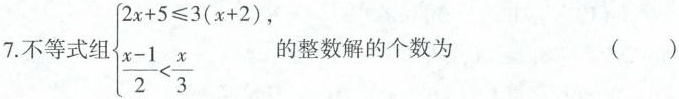
7.不等式组 $$\left \{ \begin {matrix} 2 x + 5 ≤ 3 ( x + 2 ) , \\ \frac { x - 1 } { 2 } < \frac { x } { 3 } \\ \end {matrix} \right .$$ 的整数解的个数为 ( )